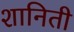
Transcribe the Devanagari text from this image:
शानिती